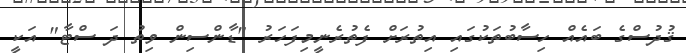
ޤުދުސްގެ ބައެއް ހިސާބުތަކުގައި އިތުރަށް ފެތުރެނީމިފަހަރު "ޑާންސިން ވިތު ދަ ސްޓާ" އަކީ